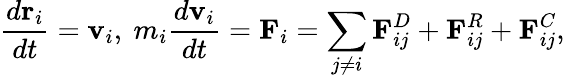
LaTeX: \frac{d\mathbf{r}_{i}}{dt}=\mathbf{v}_{i},\ m_{i}\frac{d\mathbf{v}_{i}}{dt}=\mathbf{F}_{i}=\sum_{j\ne i}\mathbf{F}_{ij}^{D}+\mathbf{F}_{ij}^{R}+\mathbf{F}_{ij}^{C},